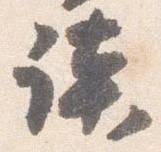
談